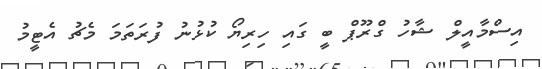
އިސްމާއީލް ޝާހު ގްރޫޕް ބީ ގައި ހިރިޔޯ ކުޅުނު ފުރަތަމަ މެޗު އެޓީމު